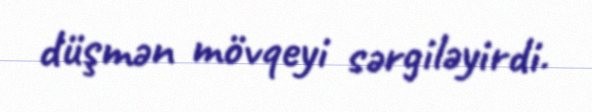
düşmən mövqeyi sərgiləyirdi.